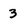
Character: 3